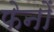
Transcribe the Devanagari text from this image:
फेनों